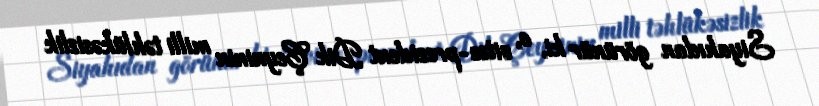
Siyahıdan görünür ki, o, vitse-prezident Dik Çeyninin milli təhlükəsizlik